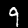
Digit: 9